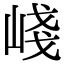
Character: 㟞